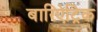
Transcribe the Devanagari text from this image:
बारिऐट्रिक